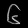
Digit: ၆